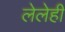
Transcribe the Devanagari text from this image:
लेलेही